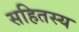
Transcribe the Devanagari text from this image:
सहितस्य